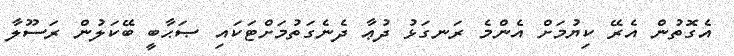
އެގޮތުން އެރޭ ކިޔުމަށް އެންމެ ރަނގަޅު ދުޢާ ދެނެގަތުމަށްޓަކައި ޞަޙާބީ ބޭކަލުން ރަސޫލާ